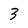
Character: 3